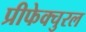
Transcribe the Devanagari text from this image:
प्रीफेक्चुरल